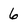
Character: 6